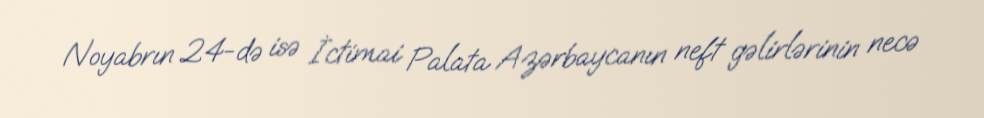
Noyabrın 24-də isə İctimai Palata Azərbaycanın neft gəlirlərinin necə